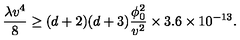
{ \frac { \lambda v ^ { 4 } } { 8 } } \ge ( d + 2 ) ( d + 3 ) { \frac { \phi _ { 0 } ^ { 2 } } { v ^ { 2 } } } \times 3 . 6 \times 1 0 ^ { - 1 3 } .